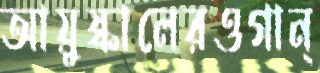
আয়ুষ্কালেরওগান্